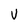
Character: v